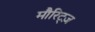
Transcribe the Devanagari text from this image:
मौरिट्ज़